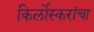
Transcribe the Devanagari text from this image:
किर्लोस्करांचा